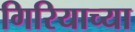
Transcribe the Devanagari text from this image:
गिरियाच्या